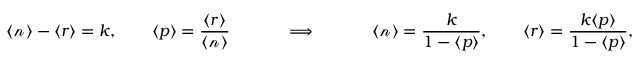
\langle { \mathcal { n } } \rangle - \langle r \rangle = k , \quad \quad \langle p \rangle = { \frac { \langle r \rangle } { \langle { \mathcal { n } } \rangle } } \quad \quad \quad \implies \quad \quad \quad \langle { \mathcal { n } } \rangle = { \frac { k } { 1 - \langle p \rangle } } , \quad \quad \langle { r } \rangle = { \frac { k \langle p \rangle } { 1 - \langle p \rangle } } ,